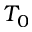
T _ { 0 }